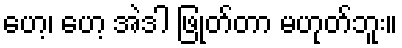
ဟေ့၊ ဟေ့ အဲဒါ ဖြုတ်တာ မဟုတ်ဘူး။